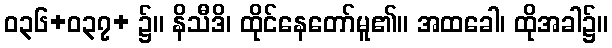
ဝ၃၆+ဝ၃၇+ ၌။ နိသီဒိ၊ ထိုင်နေတော်မူ၏။ အထခေါ၊ ထိုအခါ၌။